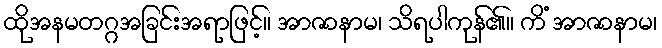
ထိုအနမတဂ္ဂအခြင်းအရာဖြင့်။ အာဇာနာမ၊ သိရပါကုန်၏။ ကိံ အာဇာနာမ၊